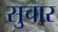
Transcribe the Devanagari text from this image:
सुचार